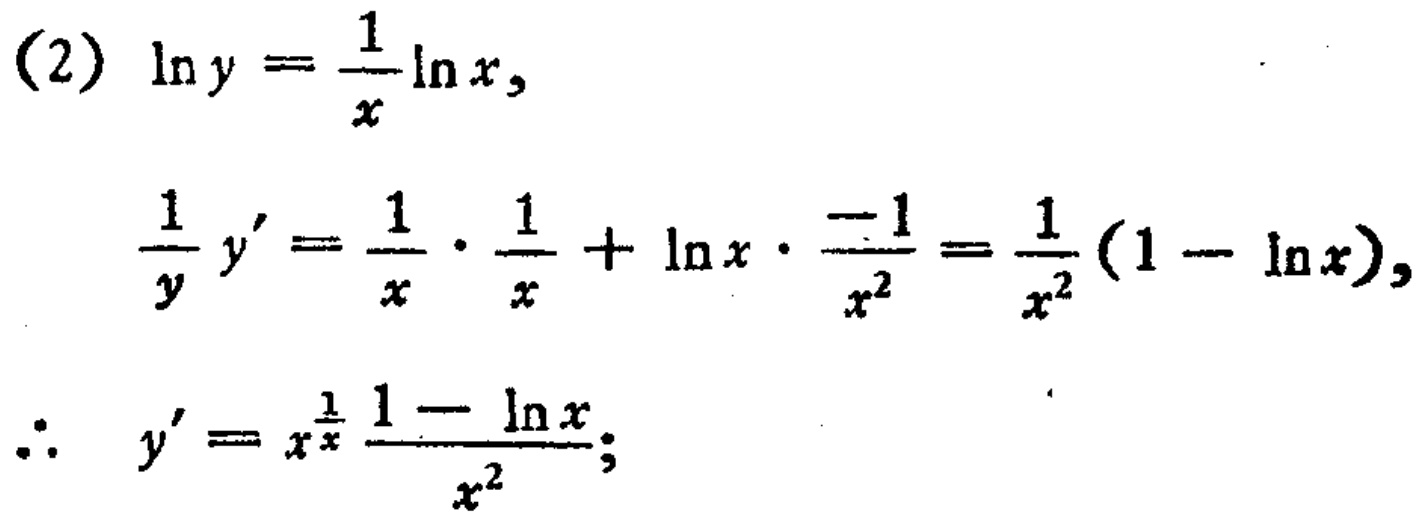
(2)
\begin{align*}
\ln y&=\frac{1}{x}\ln x,\\
\frac{1}{y}y'&=\frac{1}{x}\cdot\frac{1}{x}+\ln x\cdot\frac{-1}{x^{2}}=\frac{1}{x^{2}}(1 - \ln x),\\
\therefore y'&=x^{\frac{1}{x}}\frac{1 - \ln x}{x^{2}};
\end{align*}